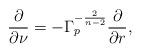
LaTeX: \begin{align*} \frac{\partial}{\partial \nu} = - \Gamma_p^{-\frac{2}{n-2}} \frac{\partial}{\partial r},\end{align*}